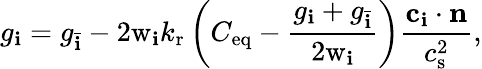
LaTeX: g_{\mathbf{i}}=g_{\bar{{\mathbf{i}}}}-2\mathrm{{w}}_{\mathbf{i}}k_{\mathrm{{r}}}\left(C_{\mathrm{{eq}}}-\frac{{g_{\mathbf{i}}+g_{\bar{{\mathbf{i}}}}}}{{2\mathrm{{w}}_{\mathbf{i}}}}\right)\frac{{\mathbf{{c}}_{\mathbf{i}}\cdot\mathbf{{n}}}}{{c_{\mathrm{{s}}}^{2}}},